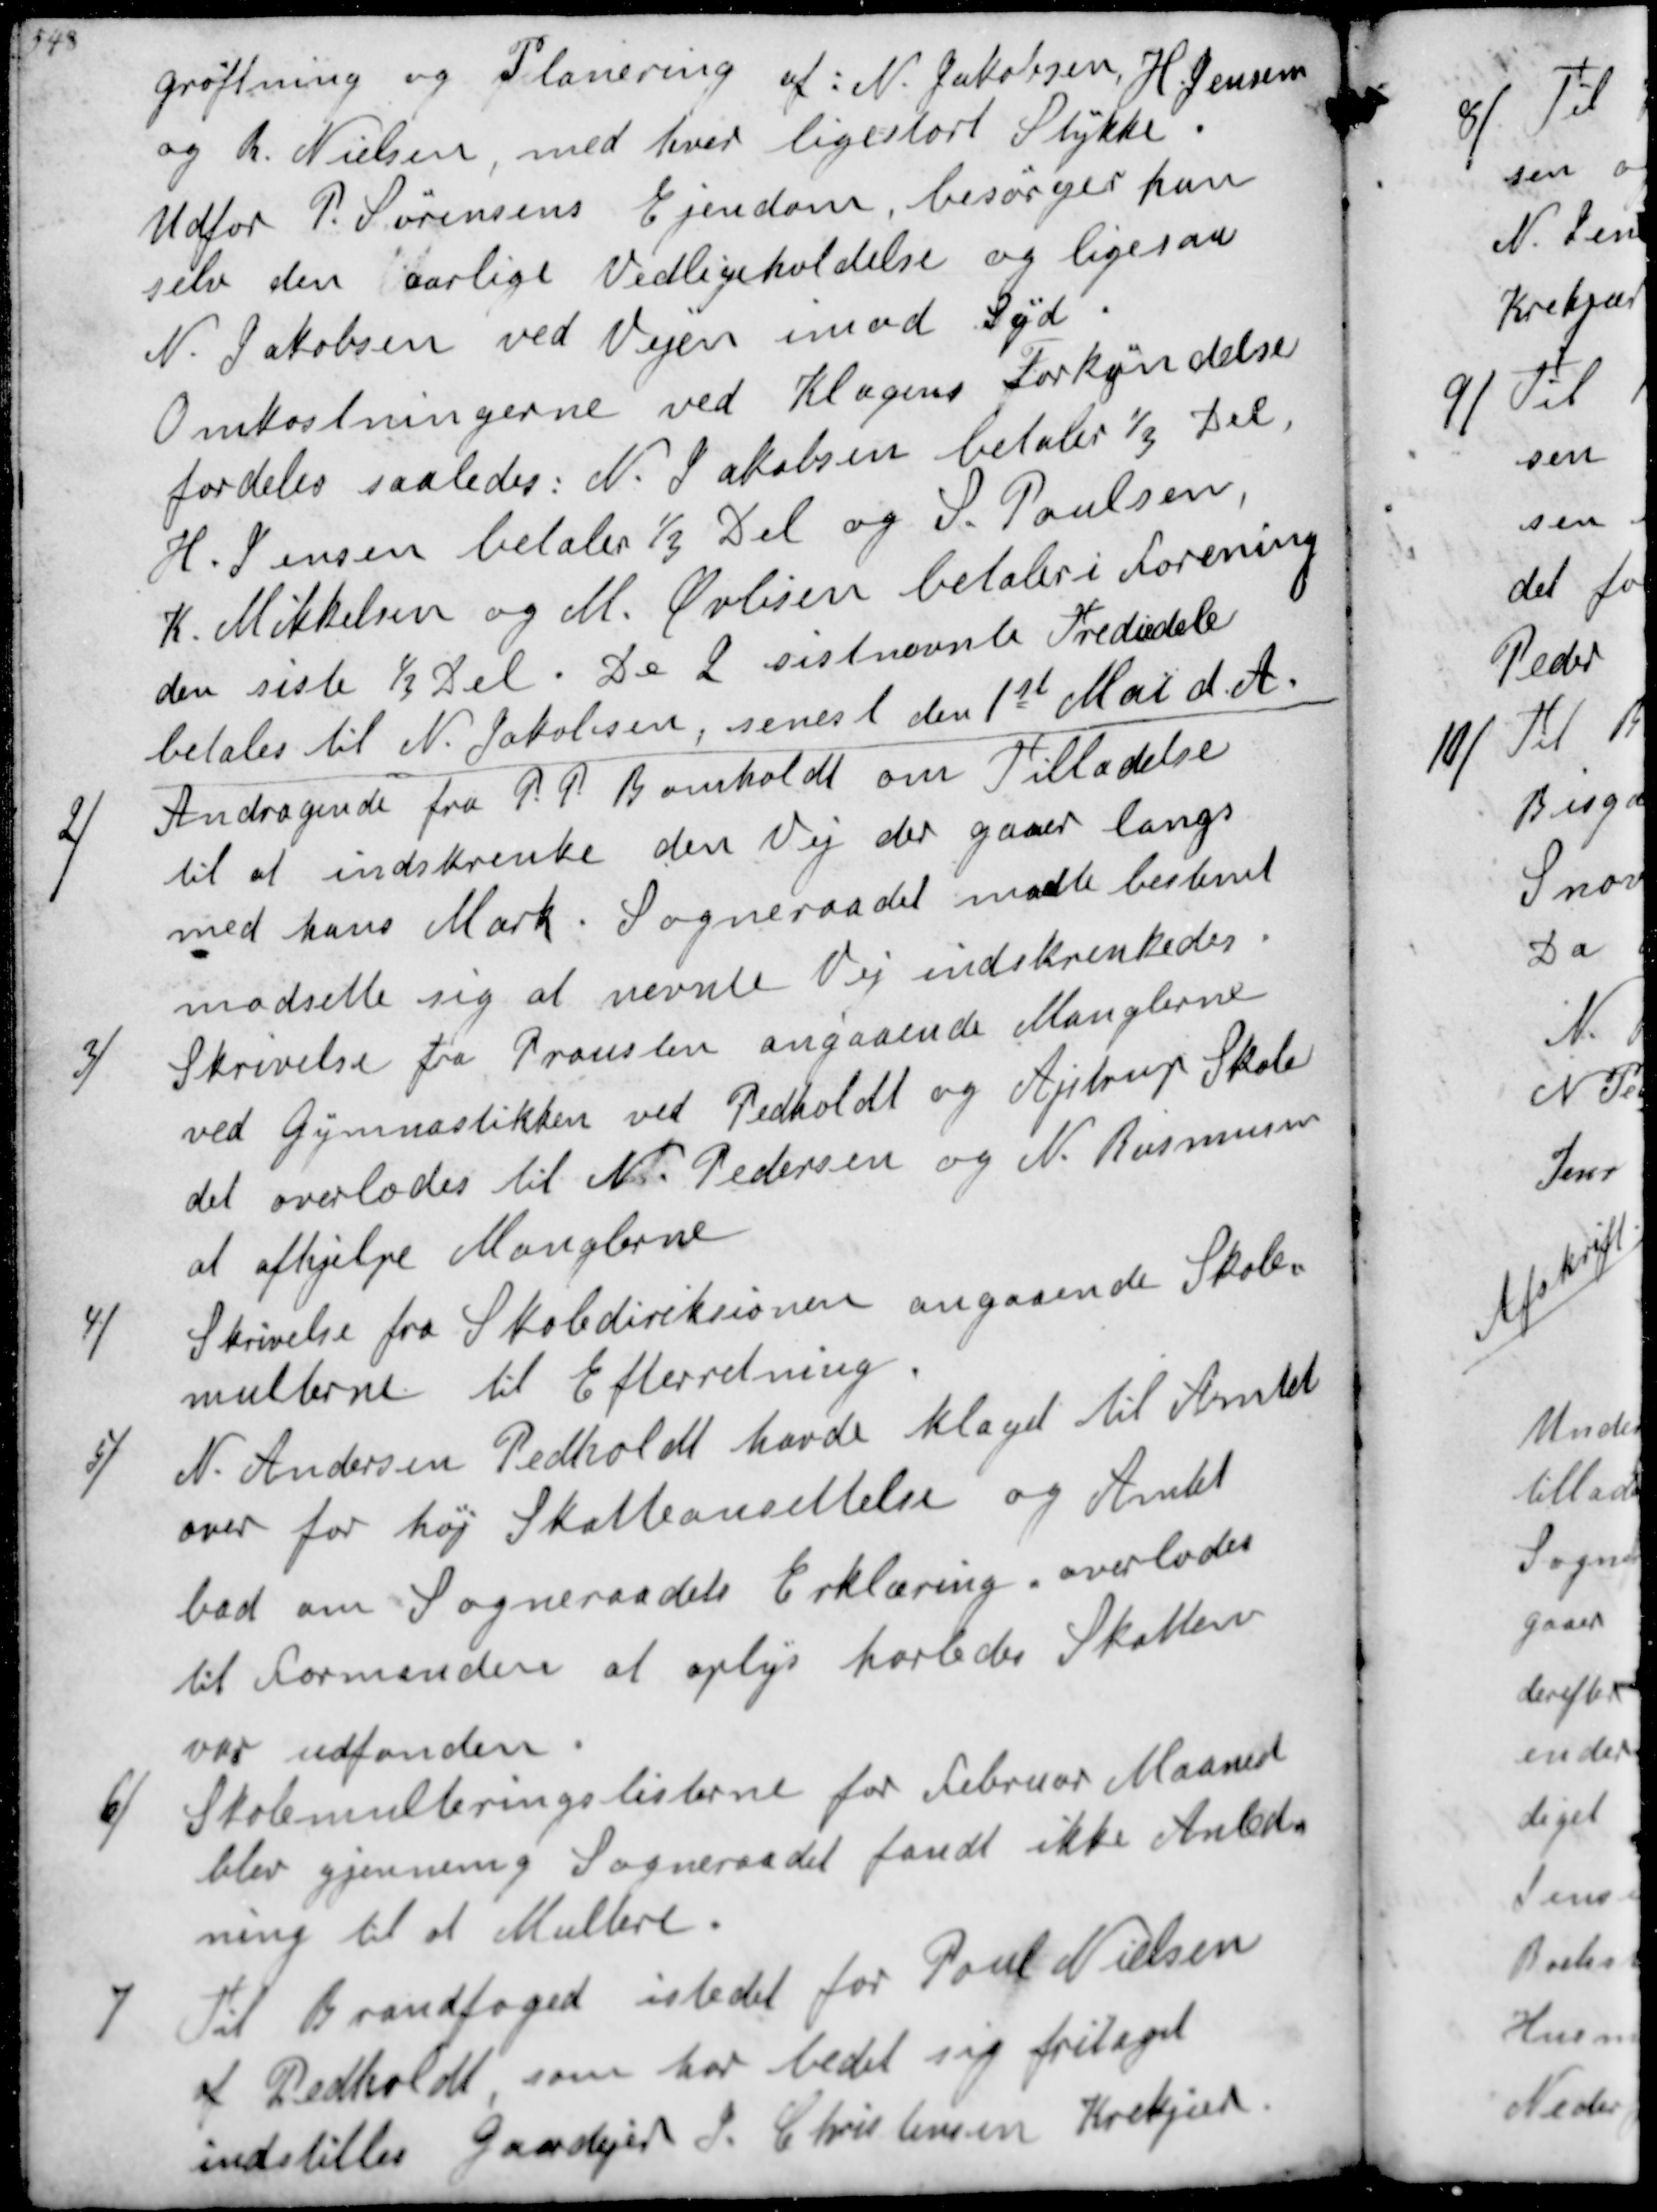
Transskription:
grøftning og Planering af: N. Jacobsensen, H Jensen
og R. Nielsen, med hver ligestort Stykke.
Udfor P. Sørensens Ejendom, besørger han
selv den aarlige Vedligeholdelse og ligesaa
N. Jakobsen ved Vejen imod Syd
Omkostningerne ved Klagens Forkyndelse
fordeles saaledes: N. Jakobsen betaler 1/3 Del
H.Jensen betaler 1/3 Del og S. Poulsen.
K. Mikkelsen og M. Øvlisen betaler i Forening
den siste 1/3 Del. De 2 sistnævnte Trediedele
betales til N. Jakobsen, senest den 1st Mai d.A.
2/
Andragende fra P.P. Bomholdt om Tilladelse
til at indskrenke den Vej der gaaer langs.
med hans Mark. Sogneraadet modte bestemt
modsette sig at nævnte Vej indskrenkedes
3/
Skrivelse fra Prousten angaaende Manglerne
ved Gymnastikken ved Pedholdt og Ajtrup Skole
det overlodes til N. Pedersen og N. Rasmussen
at afhjælpe Manglerne
4/
Skrivelse fra Skoledireksionen angaaende Skole-
multerne til Efterretning
5/
N. Andersen Pedholdt havde klaget til Amtet
over for høj Skatteansettelse og Amtet
bad om Sogneraadets Erklæring overlodes
til Formanden at oplys horledes Skatten
var udfonden
6/
Skolemulteringslisterne for debruar Maaned
blev gjennemg. Sogneraadet fandt ikke Anled-
ning til at Multere.
7
Til Brandfoged istedet for Poul Nielsen
af Pedholdt, som har bedet sig fritaget
indstilles gaardejer S. Christensen Krekjær